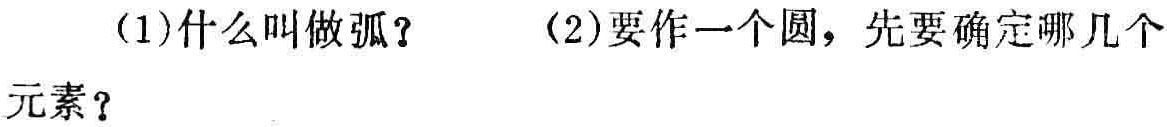
(1)什么叫做弧？  (2)要作一个圆，先要确定哪几个

元素？